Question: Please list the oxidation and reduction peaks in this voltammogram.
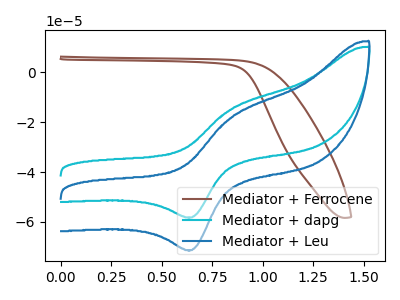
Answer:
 <answer>The brown curve "Mediator + Ferrocene" has no peaks. The cyan curve "Mediator + dapg" has an anodic peak at (0.85V, -14.65uA) and a cathodic peak at (0.65V, -58.20uA). The blue curve "Mediator + Leu" has an anodic peak at (0.85V, -17.95uA) and a cathodic peak at (0.65V, -71.30uA).</answer>
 <eval></eval>